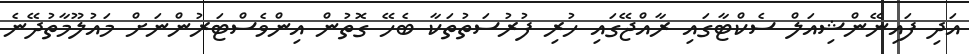
އަދި ފައިނޭންޝިއަލް ސެކްޓާގައި ރާއްޖޭގައި ހުރި ފުރުސަތުތަކާ ބެހޭ ގޮތުން އިންވެސްޓަރުންނަށް މައުލޫމާތުދޭނެ